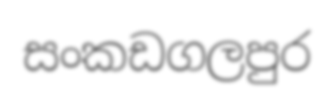
සංකඩගලපුර